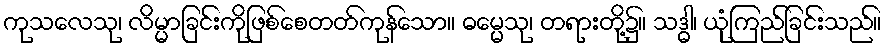
ကုသလေသု၊ လိမ္မာခြင်းကိုဖြစ်စေတတ်ကုန်သော။ ဓမ္မေသု၊ တရားတို့၌။ သဒ္ဓါ၊ ယုံကြည်ခြင်းသည်။